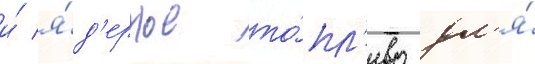
и́ я́д'ерное то́пл'иво дл'я́